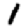
Digit: 1